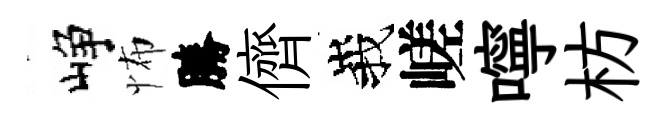
峥怖勝儕峩嵯嚀枋